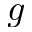
\boldsymbol { g }